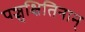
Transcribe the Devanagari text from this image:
पञ्चक्षितिनाम्